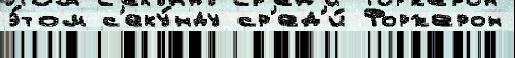
э́том с'еку́нду ср'ед'и́ Форжерон